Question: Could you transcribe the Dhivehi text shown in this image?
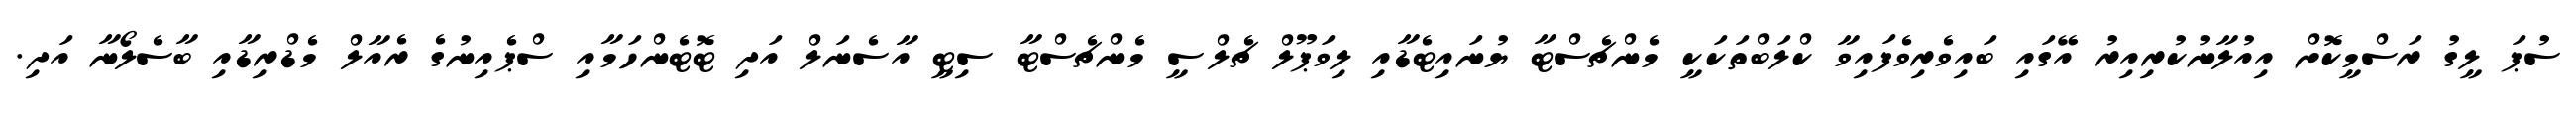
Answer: ސުޕަ ލީގު ރަސްމީކޮށް އިއުލާނުކުރިއިރު އޭގައި ބައިވެރިވެފައިވާ ކްލަބްތަކަކީ މެންޗެސްޓާ ޔުނައިޓެޑާއި ލިވަޕޫލް ޗެލްސީ މެންޗެސްޓާ ސިޓީ އާސެނަލް އަދި ޓޮޓެންހަމާއި ސްޕެއިނުގެ ރެއާލް މެޑްރިޑާއި ބާސެލޯނާ އަދި.